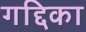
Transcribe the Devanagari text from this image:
गद्दिका